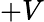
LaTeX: +V